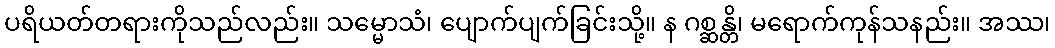
ပရိယတ်တရားကိုသည်လည်း။ သမ္မောသံ၊ ပျောက်ပျက်ခြင်းသို့။ န ဂစ္ဆန္တိ၊ မရောက်ကုန်သနည်း။ အဿ၊